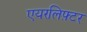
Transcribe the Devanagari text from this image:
एयरलिफ़्टर